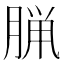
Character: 𫞇